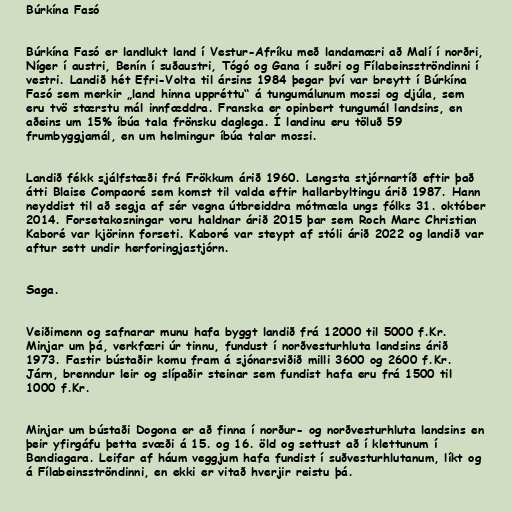
Búrkína Fasó

Búrkína Fasó er landlukt land í Vestur-Afríku með landamæri að Malí í norðri,
Níger í austri, Benín í suðaustri, Tógó og Gana í suðri og Fílabeinsströndinni í
vestri. Landið hét Efri-Volta til ársins 1984 þegar því var breytt í Búrkína
Fasó sem merkir „land hinna uppréttu“ á tungumálunum mossi og djúla, sem
eru tvö stærstu mál innfæddra. Franska er opinbert tungumál landsins, en
aðeins um 15% íbúa tala frönsku daglega. Í landinu eru töluð 59
frumbyggjamál, en um helmingur íbúa talar mossi.

Landið fékk sjálfstæði frá Frökkum árið 1960. Lengsta stjórnartíð eftir það
átti Blaise Compaoré sem komst til valda eftir hallarbyltingu árið 1987. Hann
neyddist til að segja af sér vegna útbreiddra mótmæla ungs fólks 31. október
2014. Forsetakosningar voru haldnar árið 2015 þar sem Roch Marc Christian
Kaboré var kjörinn forseti. Kaboré var steypt af stóli árið 2022 og landið var
aftur sett undir herforingjastjórn.

Saga.

Veiðimenn og safnarar munu hafa byggt landið frá 12000 til 5000 f.Kr.
Minjar um þá, verkfæri úr tinnu, fundust í norðvesturhluta landsins árið
1973. Fastir bústaðir komu fram á sjónarsviðið milli 3600 og 2600 f.Kr.
Járn, brenndur leir og slípaðir steinar sem fundist hafa eru frá 1500 til
1000 f.Kr.

Minjar um bústaði Dogona er að finna í norður- og norðvesturhluta landsins en
þeir yfirgáfu þetta svæði á 15. og 16. öld og settust að í klettunum í
Bandiagara. Leifar af háum veggjum hafa fundist í suðvesturhlutanum, líkt og
á Fílabeinsströndinni, en ekki er vitað hverjir reistu þá.